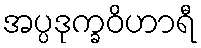
အပ္ပဒုက္ခဝိဟာရီ